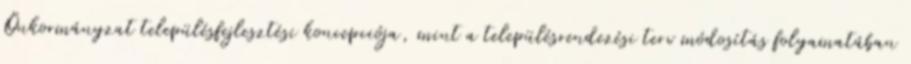
Önkormányzat településfejlesztési koncepciója, mint a településrendezési terv módosítás folyamatában